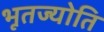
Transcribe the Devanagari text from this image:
भूतज्योति